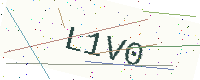
Text: L1V0